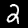
Label: 2